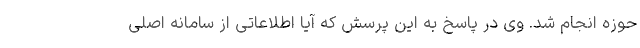
حوزه انجام شد. وی در پاسخ به این پرسش که آیا اطلاعاتی از سامانه اصلی